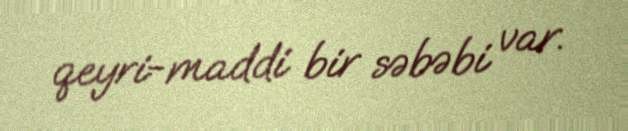
qeyri-maddi bir səbəbi var.